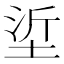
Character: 垽